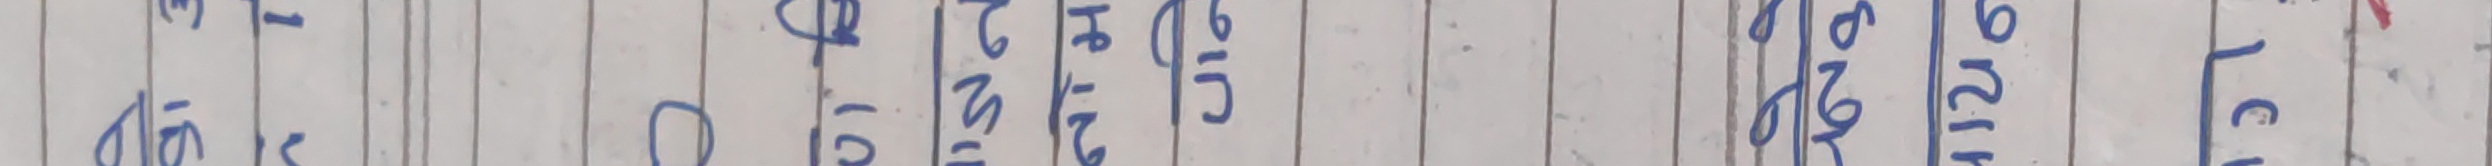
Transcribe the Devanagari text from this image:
का १ ख २ ग ३ घ ४ ङ ५ च ६